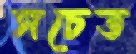
সচেত